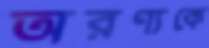
অরণ্যকে